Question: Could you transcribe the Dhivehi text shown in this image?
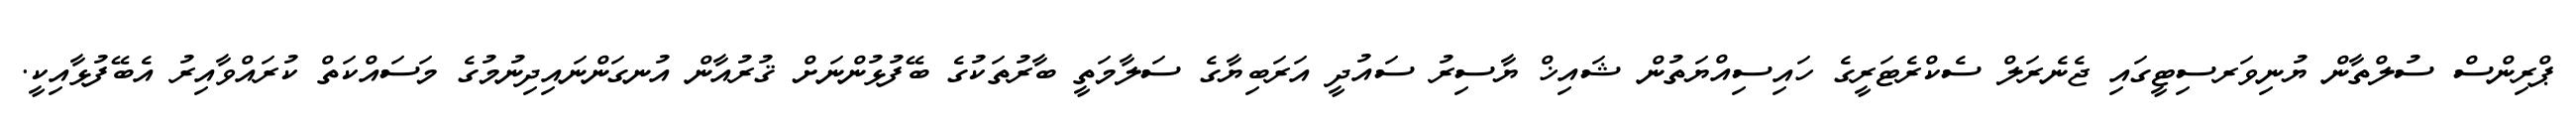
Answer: ޕްރިންސް ސުލްތާން ޔުނިވަރސިޓީގައި ޖެނެރަލް ސެކްރެޓަރީގެ ހައިސިއްޔަތުން ޝައިޚް ޔާސިރު ސައުދީ އަރަބިޔާގެ ސަލާމަތީ ބާރުތަކުގެ ބޭފުޅުންނަށް ޤުރުއާން އުނގަންނައިދިނުމުގެ މަސައްކަތް ކުރައްވާއިރު އެބޭފުޅާއިކީ.